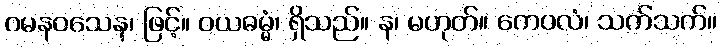
ဂမနဝသေန၊ ဖြင့်။ ဝယဓမ္မံ၊ ရှိသည်။ န၊ မဟုတ်။ ကေဝလံ၊ သက်သက်။